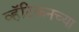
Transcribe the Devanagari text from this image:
व्हॅटिकनच्या